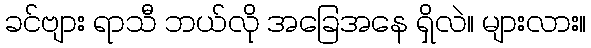
ခင်ဗျား ရာသီ ဘယ်လို အခြေအနေ ရှိလဲ။ များလား။